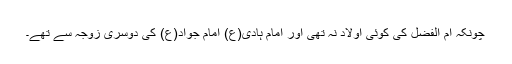
چونکہ ام الفضل کی کوئی اولاد نہ تھی اور امام ہادی(ع) امام جواد(ع) کی دوسری زوجہ سے تھے۔